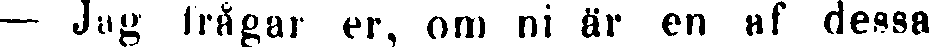
- Jug frågar er, om ni är en af dessa